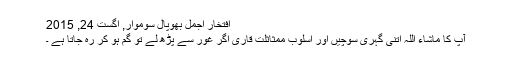
افتخار اجمل بھوپال سوموار, اگست 24, 2015
آپ کا ماشاء اللہ اتنی گہری سوچیں اور اسلوبِ ممثاثلت قاری اگر غور سے پڑھ لے تو گُم ہو کر رہ جاتا ہے ۔